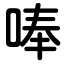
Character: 唪